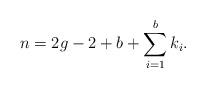
LaTeX: \begin{align*} n=2g-2+b +\sum_{i=1}^b k_i.\end{align*}